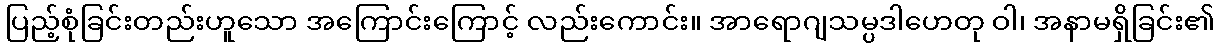
ပြည့်စုံခြင်းတည်းဟူသော အကြောင်းကြောင့် လည်းကောင်း။ အာရောဂျသမ္ပဒါဟေတု ဝါ၊ အနာမရှိခြင်း၏